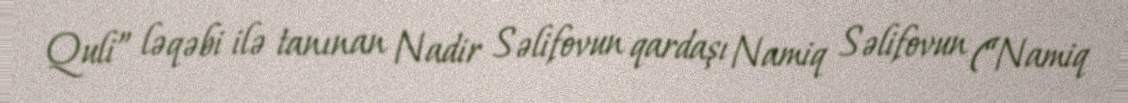
Quli” ləqəbi ilə tanınan Nadir Səlifovun qardaşı Namiq Səlifovun (“Namiq